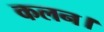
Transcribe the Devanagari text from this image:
कलन।